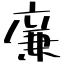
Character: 廉